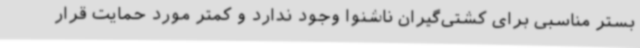
بستر مناسبی برای کشتی‌گیران ناشنوا وجود ندارد و کمتر مورد حمایت قرار